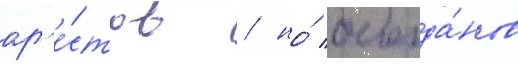
ар'е́стов / но́ богда́нов